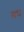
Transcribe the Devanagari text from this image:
मध्